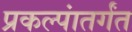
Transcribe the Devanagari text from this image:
प्रकल्पांतर्गंत